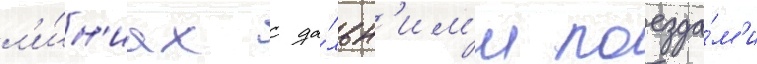
л'и́н'иах с да́льн'им'и поезда́м'и